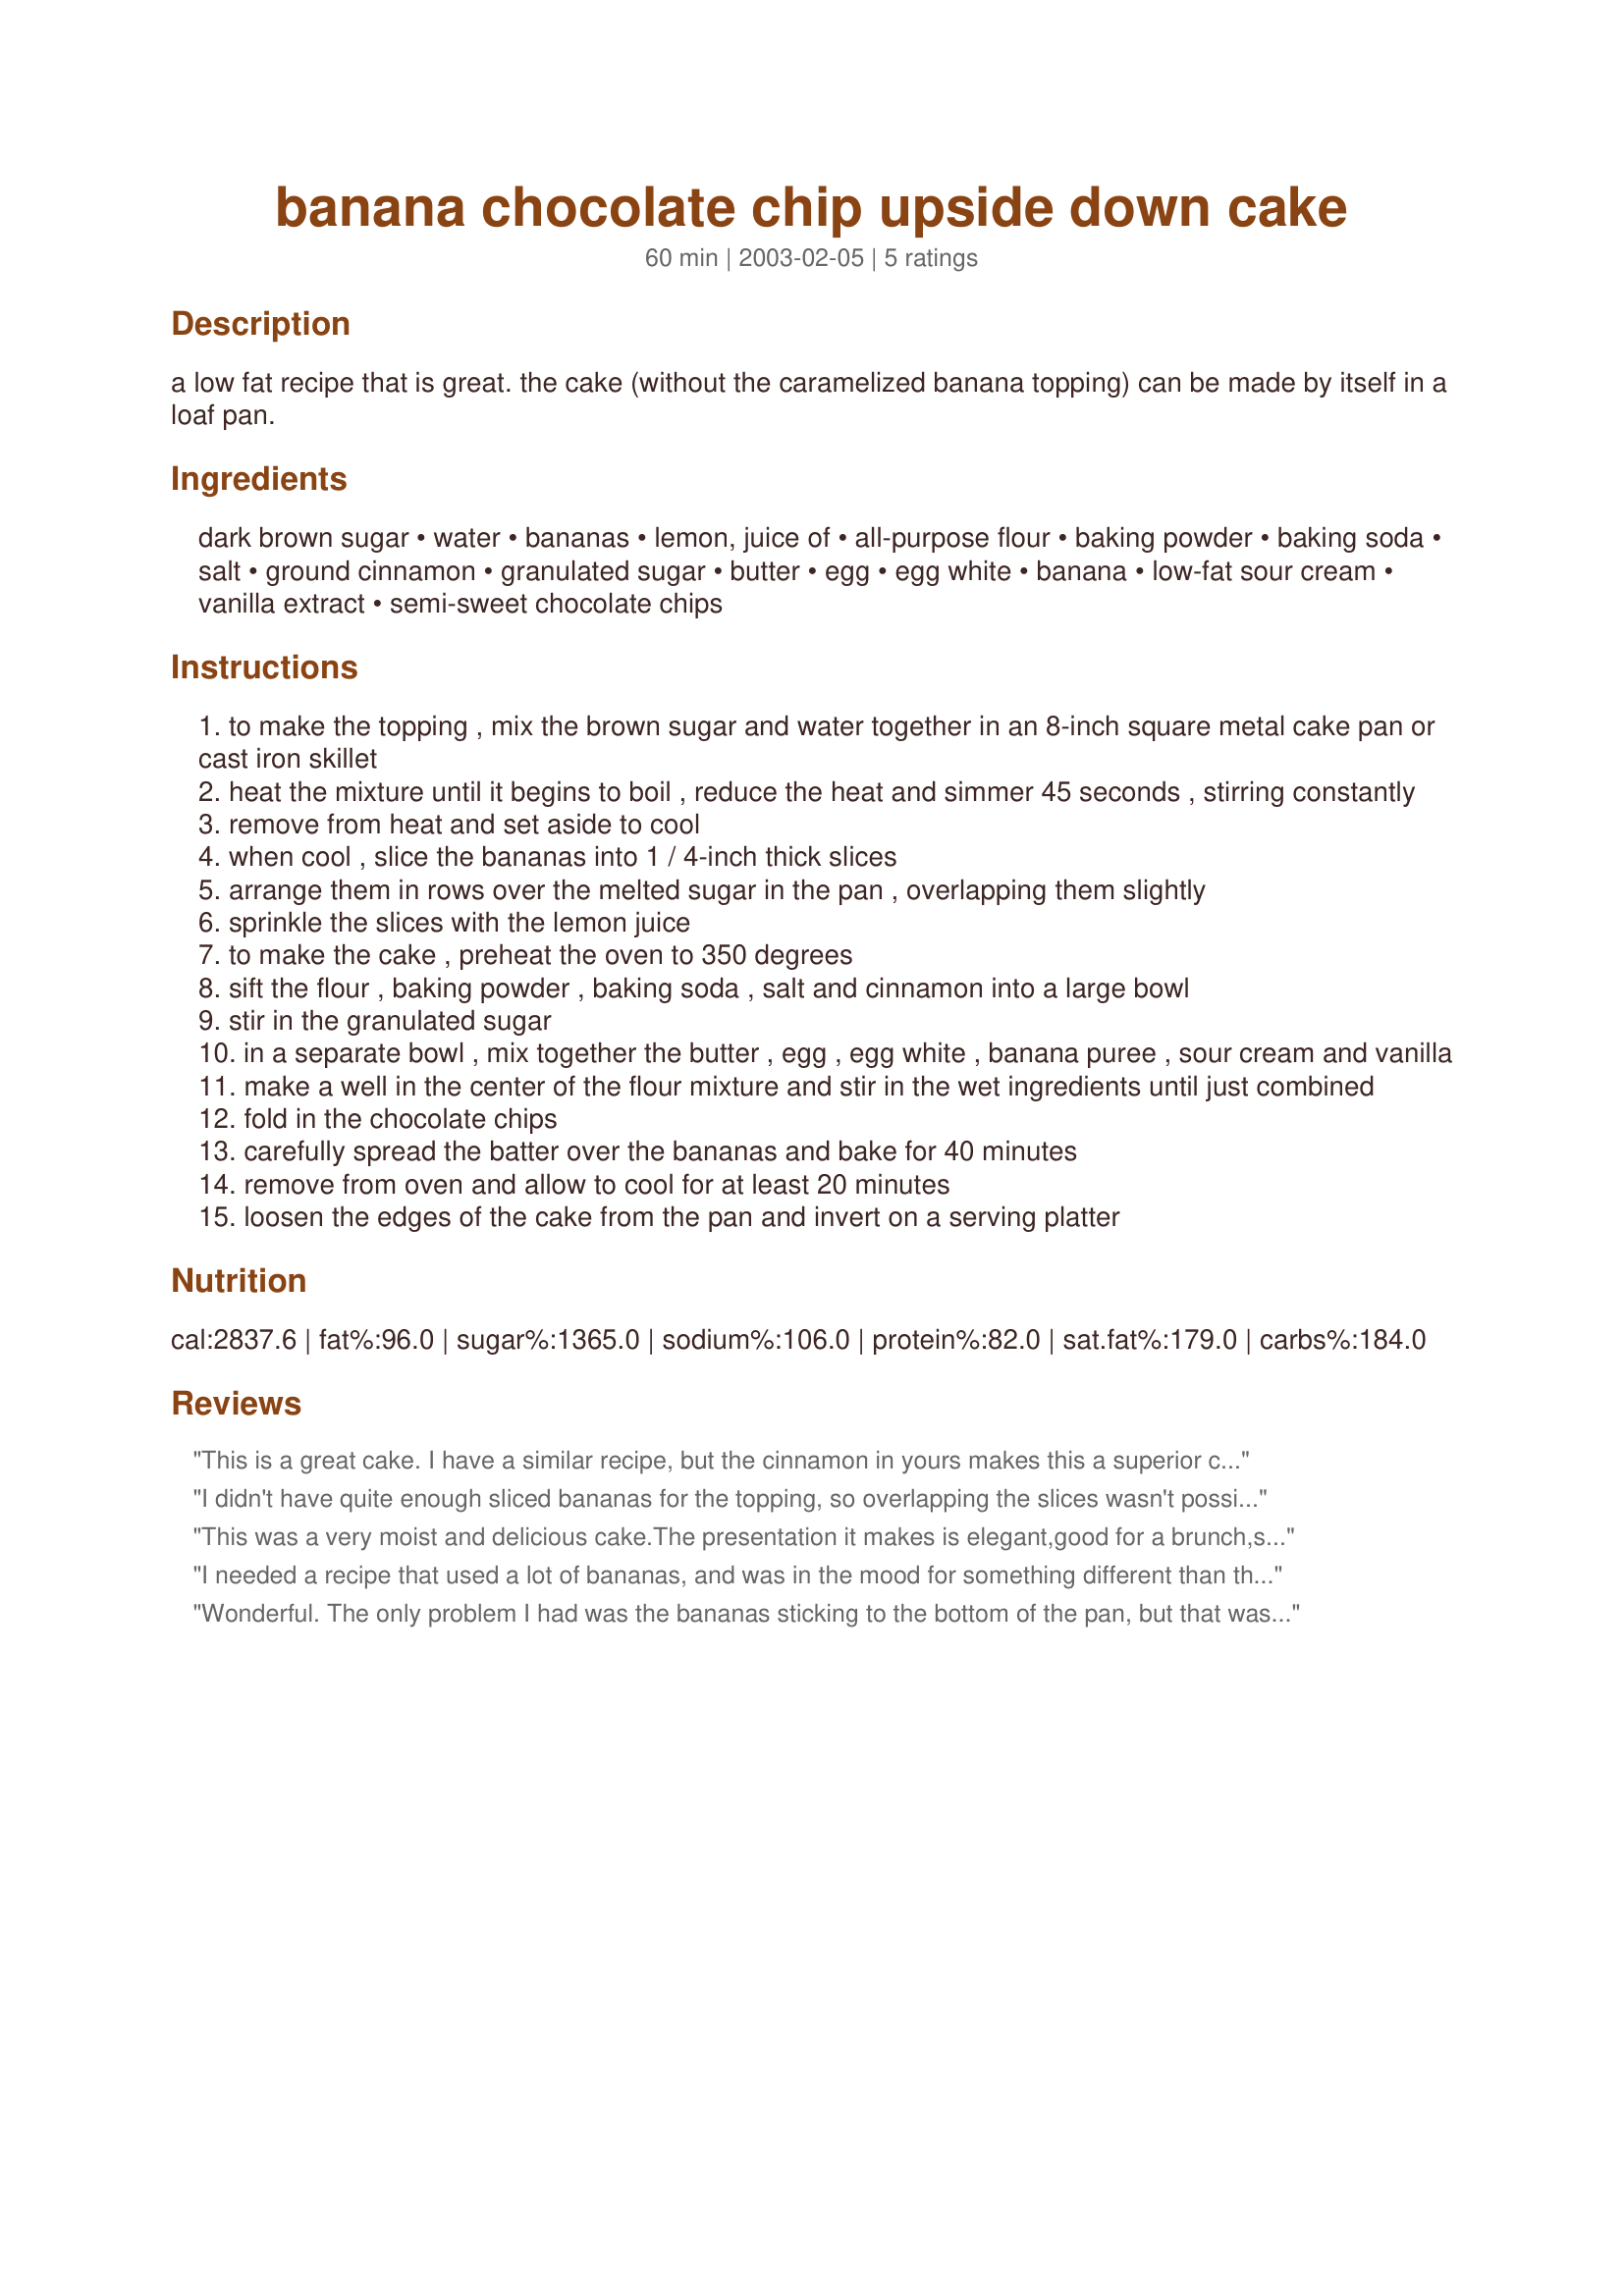
banana chocolate chip upside down cake
Preparation time: 60 minutes

a low fat recipe that is great. the cake (without the caramelized banana topping) can be made by itself in a loaf pan.

Ingredients:
dark brown sugar, water, bananas, lemon, juice of, all-purpose flour, baking powder, baking soda, salt, ground cinnamon, granulated sugar, butter, egg, egg white, banana, low-fat sour cream, vanilla extract, semi-sweet chocolate chips

Steps:
to make the topping , mix the brown sugar and water together in an 8-inch square metal cake pan or cast iron skillet
heat the mixture until it begins to boil , reduce the heat and simmer 45 seconds , stirring constantly
remove from heat and set aside to cool
when cool , slice the bananas into 1 / 4-inch thick slices
arrange them in rows over the melted sugar in the pan , overlapping them slightly
sprinkle the slices with the lemon juice
to make the cake , preheat the oven to 350 degrees
sift the flour , baking powder , baking soda , salt and cinnamon into a large bowl
stir in the granulated sugar
in a separate bowl , mix together the butter , egg , egg white , banana puree , sour cream and vanilla
make a well in the center of the flour mixture and stir in the wet ingredients until just combined
fold in the chocolate chips
carefully spread the batter over the bananas and bake for 40 minutes
remove from oven and allow to cool for at least 20 minutes
loosen the edges of the cake from the pan and invert on a serving platter

Reviews:
This is a great cake. I have a similar recipe, but the cinnamon in yours makes this a superior cake. Thanks, Meanie.
I didn't have quite enough sliced bananas for the topping, so overlapping the slices wasn't possible. This made a very pretty cake -- actually I'd call the texture something between a cake and a bread. I used miniature chocolate chips, and sprinkled a few extra chips on the top after the cake cooled. I made this for Easter dinner at a friend's house. Everyone enjoyed it, but it didn't get rave reviews. I'm not sure it everyone was just too full to enjoy dessert or what. I liked it because it was different and something I'd never tried before.
This was a very moist and delicious cake.The presentation it makes is elegant,good for a brunch,so you can show it off to guests.I followed the recipe exactly except I did not have vanilla and subbed almond extract,did not diminish the flavor at all.I was so afraid that it was gonna stick to my 10 inch iron skillet but it came out beautifully,I was impressed,with the recipe and my trusty skillet.The flavors blend well in this cake,thanks Mean!!
I needed a recipe that used a lot of bananas, and was in the mood for something different than the recipes I usually use. I am glad I picked this one! This cake was really fun to make and was totally delicious! I admit to being seriously clumsy when it comes to turning out cakes (I usually have to do patch jobs with icing) but I was so delighted with how cleanly and easily this one popped out of the pan. Because of the gooey topping, I don't think this is a cake that would keep long, but it is so good it will probably be eaten before you even have to worry about storing it. The batter is thick and the cake is moist and dense. It tastes far less healthy than it really is. :) Thank you!
Wonderful. The only problem I had was the bananas sticking to the bottom of the pan, but that was probably my fault. Great flavor, I loved the brown sugar topping!
